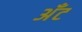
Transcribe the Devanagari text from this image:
अँट